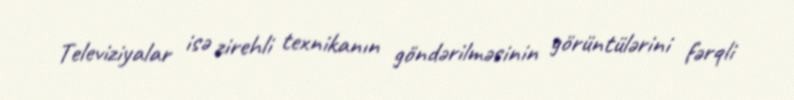
Televiziyalar isə zirehli texnikanın göndərilməsinin görüntülərini fərqli